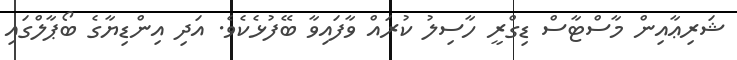
ޝަރިޢާއިން މާސްޓާސް ޑިގްރީ ހާސިލު ކުރައް ވާފައިވާ ބޭފުޅެކެވެ. އަދި އިންޑިޔާގެ ބޯޕާލްގައި